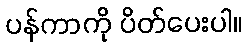
ပန်ကာကို ပိတ်ပေးပါ။